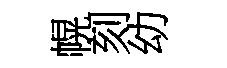
幌刻幼